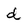
Character: d